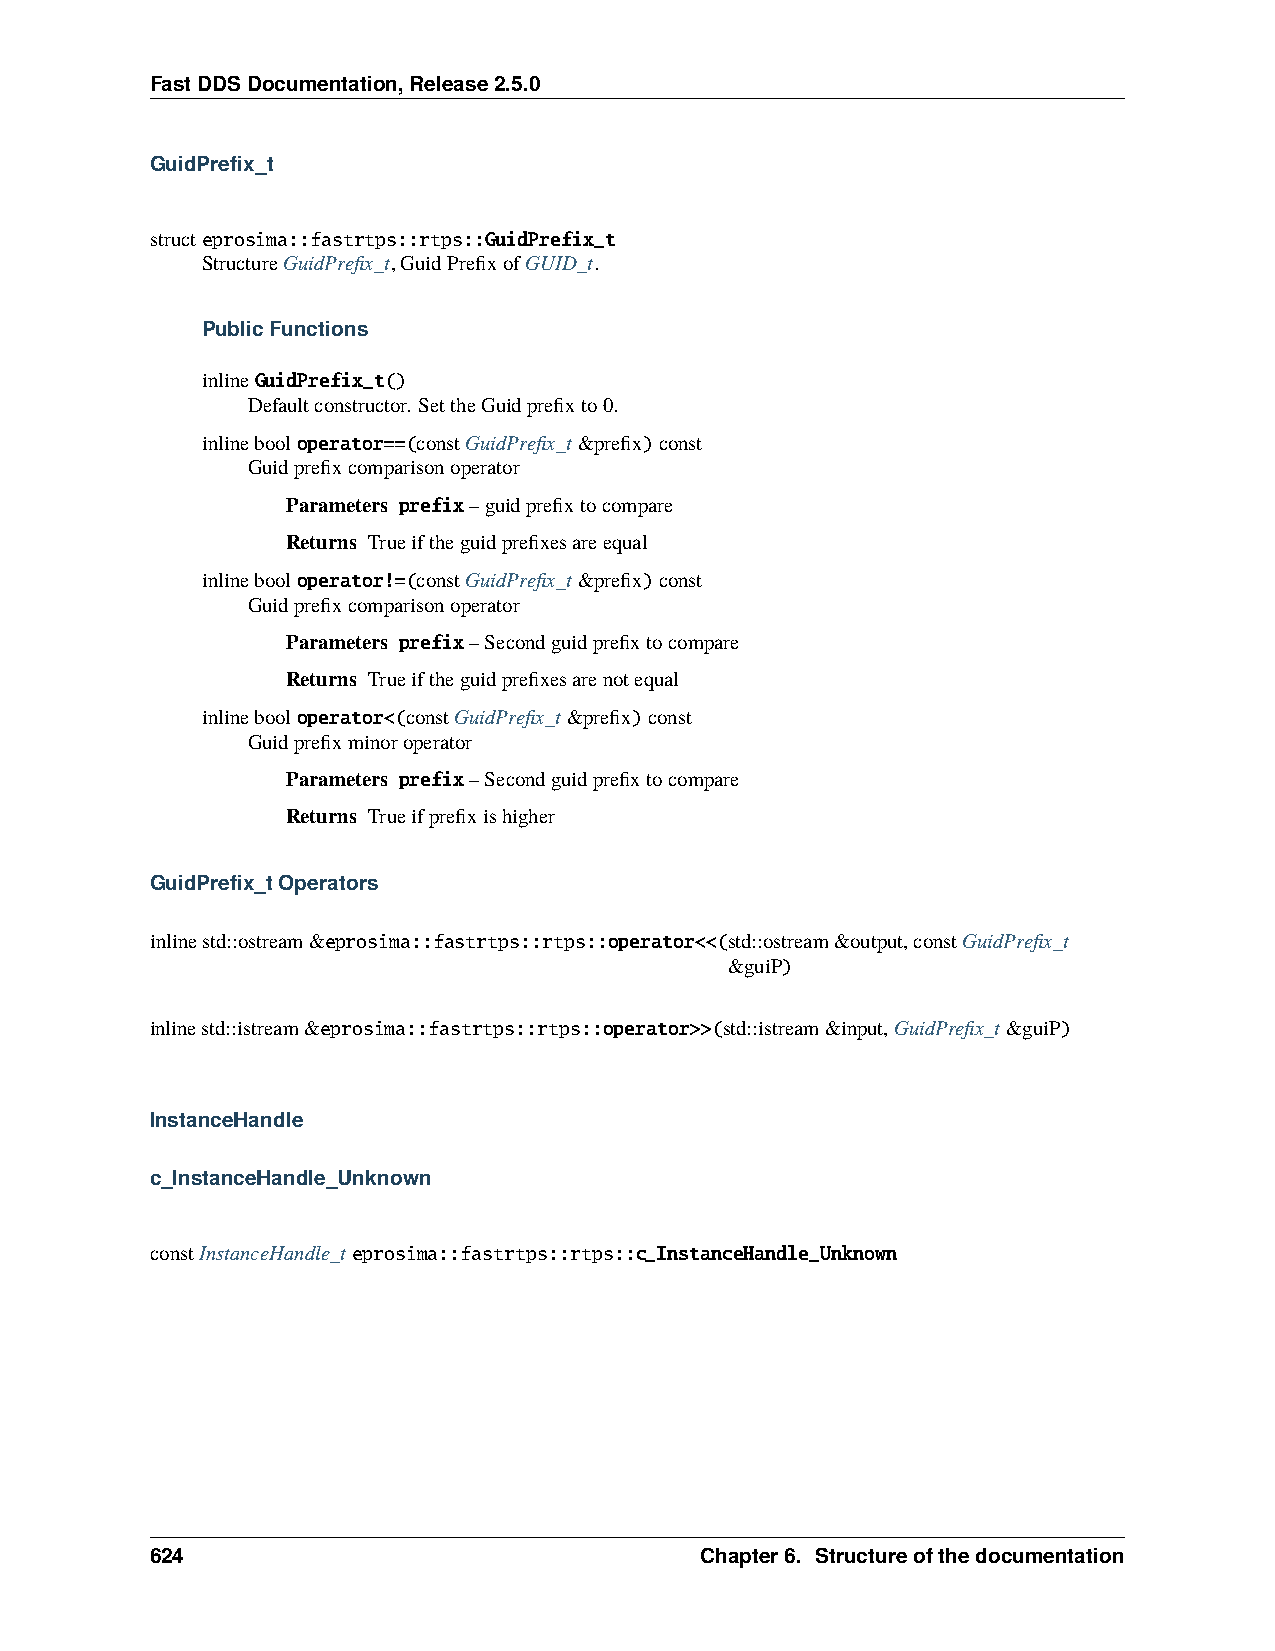
FastDDSDocumentation,Release2.5.0
 GuidPrefix_t
 structeprosima::fastrtps::rtps::GuidPrefix_t
 StructureGuidPrefix_t,GuidPrefixofGUID_t.
 PublicFunctions
 inlineGuidPrefix_t()
 Defaultconstructor. SettheGuidprefixto0.
 inlinebooloperator==(constGuidPrefix_t&prefix)const
 Guidprefixcomparisonoperator
 Parameters prefix–guidprefixtocompare
 Returns Trueiftheguidprefixesareequal
 inlinebooloperator!=(constGuidPrefix_t&prefix)const
 Guidprefixcomparisonoperator
 Parameters prefix–Secondguidprefixtocompare
 Returns Trueiftheguidprefixesarenotequal
 inlinebooloperator<(constGuidPrefix_t&prefix)const
 Guidprefixminoroperator
 Parameters prefix–Secondguidprefixtocompare
 Returns Trueifprefixishigher
 GuidPrefix_tOperators
 inlinestd::ostream&eprosima::fastrtps::rtps::operator<<(std::ostream&output,constGuidPrefix_t
 &guiP)
 inlinestd::istream&eprosima::fastrtps::rtps::operator>>(std::istream&input,GuidPrefix_t&guiP)
 InstanceHandle
 c_InstanceHandle_Unknown
 constInstanceHandle_teprosima::fastrtps::rtps::c_InstanceHandle_Unknown
 624                                 Chapter6. Structureofthedocumentation